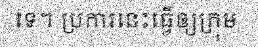
ទេ។ ប្រការនេះធ្វើឲ្យក្រុម